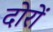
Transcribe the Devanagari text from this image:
दोरों